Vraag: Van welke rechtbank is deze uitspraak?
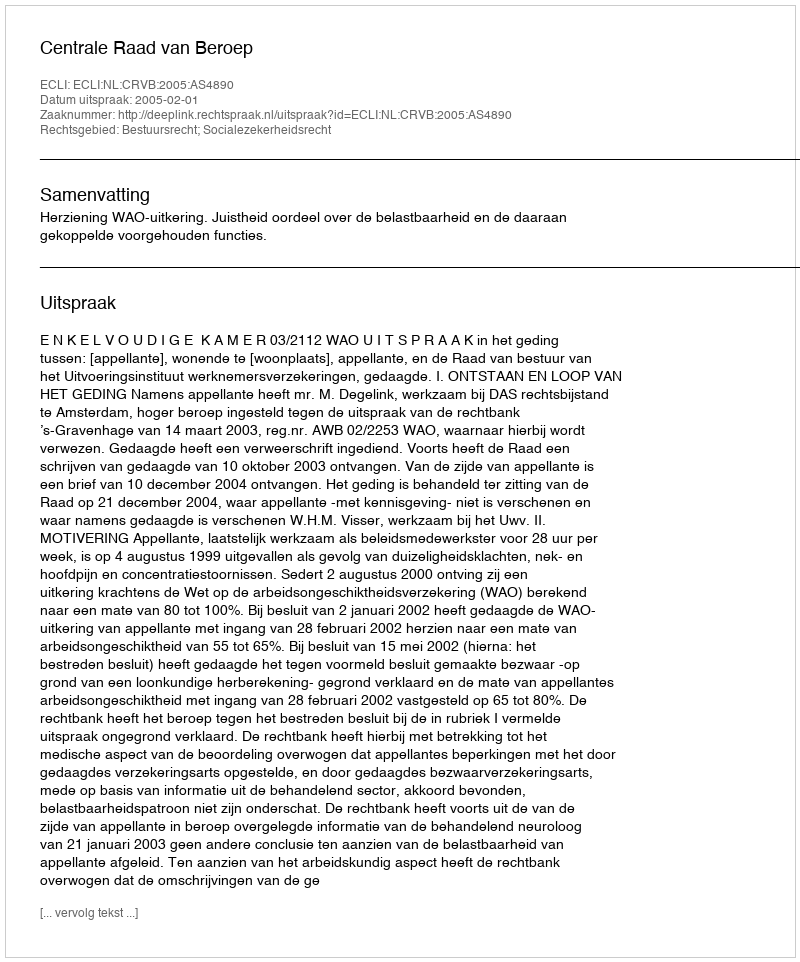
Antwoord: Centrale Raad van Beroep